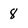
Character: 8